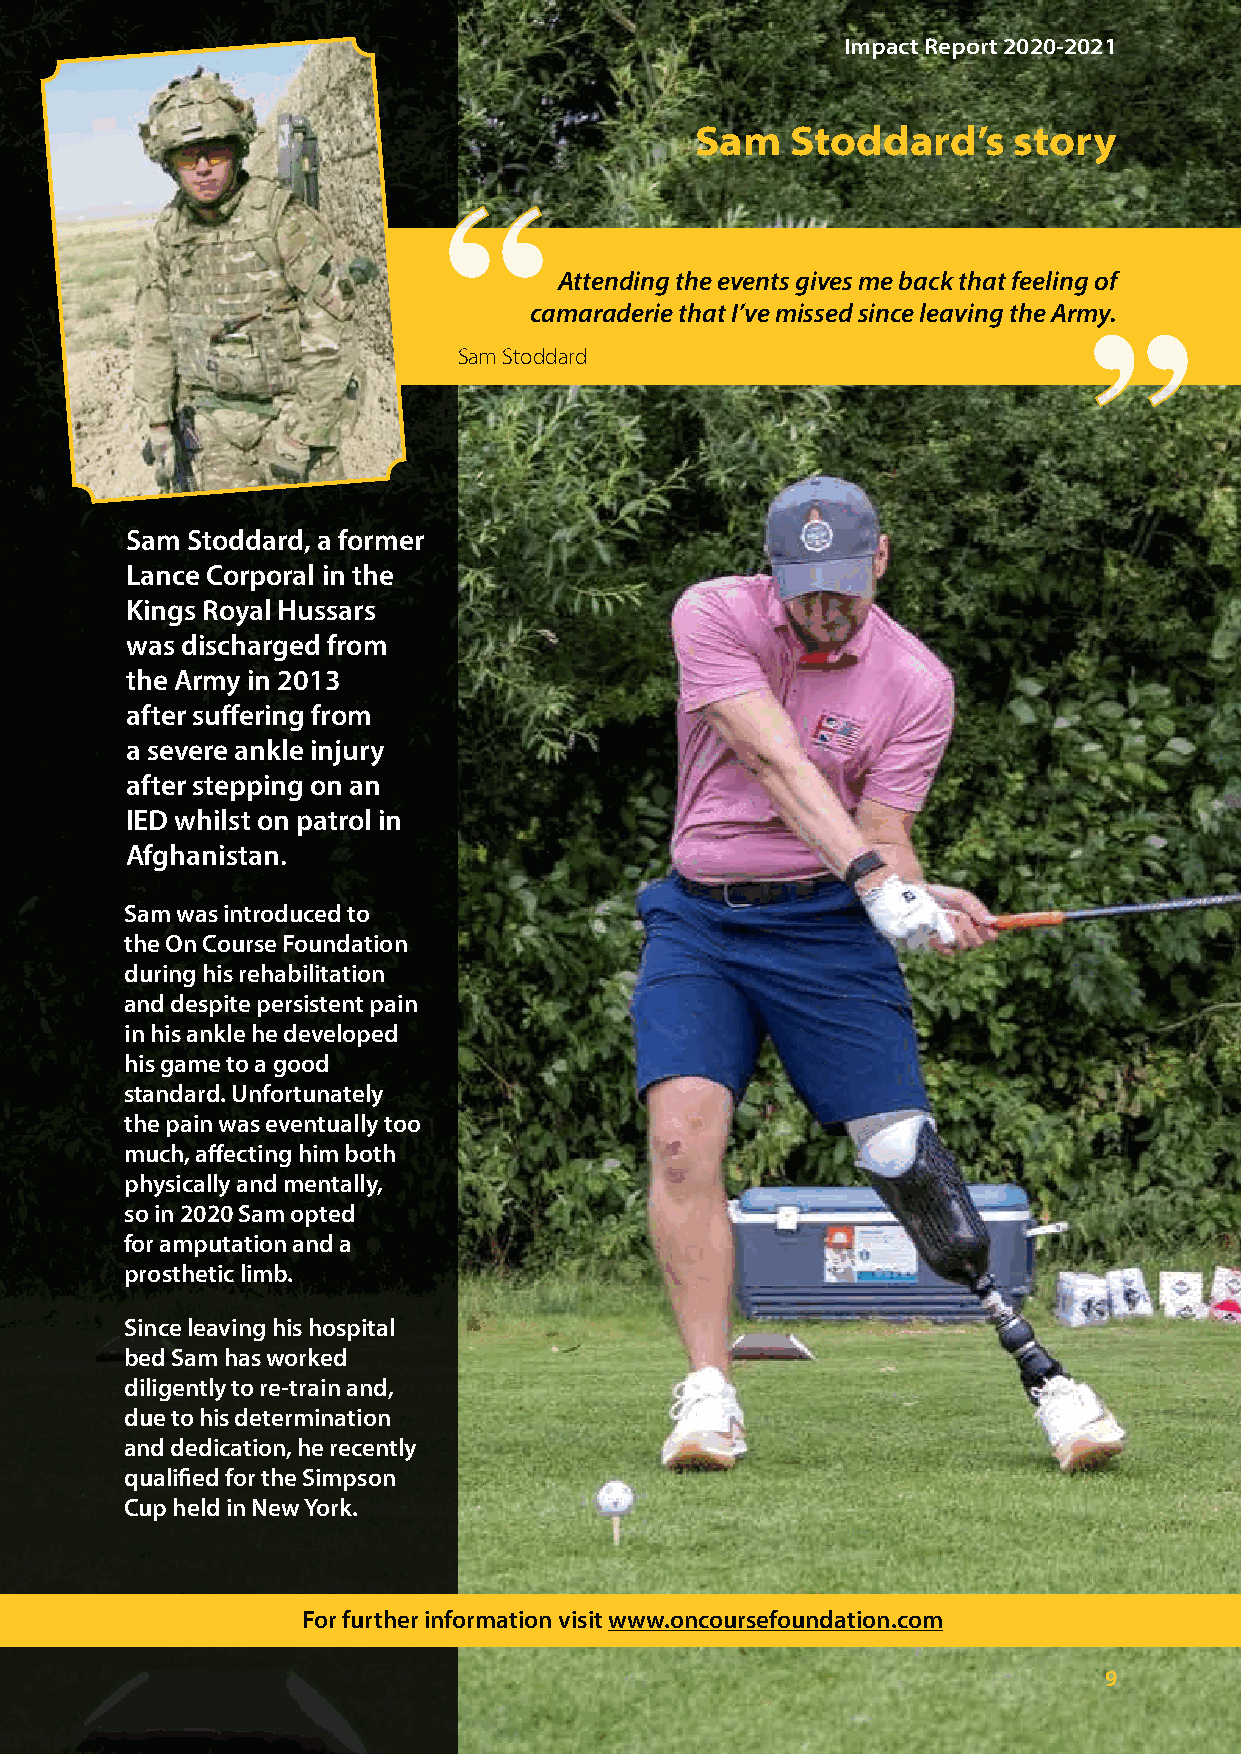
Impact Report 2020-2021
 Sam   Stoddard’s     story
 ““
 ““
 Attending the events gives me back that feeling of
 camaraderie that I’ve missed since leaving the Army.
 Sam Stoddard
 Sam Stoddard, a former
 Lance Corporal in the
 Kings Royal Hussars
 was discharged from
 the Army in 2013
 after suffering from
 a severe ankle injury
 after stepping on an
 IED whilst on patrol in
 Afghanistan.
 Sam was introduced to
 the On Course Foundation
 during his rehabilitation
 and despite persistent pain
 in his ankle he developed
 his game to a good
 standard. Unfortunately
 the pain was eventually too
 much, affecting him both
 physically and mentally,
 so in 2020 Sam opted
 for amputation and a
 prosthetic limb.
 Since leaving his hospital
 bed Sam has worked
 diligently to re-train and,
 due to his determination
 and dedication, he recently
 qualified for the Simpson
 Cup held in New York.
 For further information visit www.oncoursefoundation.com
 9